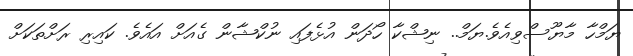
ޔަމްހާ މާޔޫސްވިއެވެ.ޔަމް.. ނިޝްކާ ހޯދަން އުޅެފައި ނުކްޝާން ގެއަށް އައެވެ. ކައިރި ރަށްތަކަށް